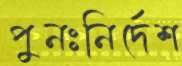
পুনঃনির্দেশ